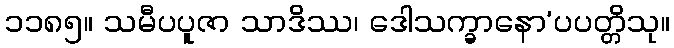
၁၁၈၅။ သမီပပူဇာ သာဒိဿ၊ ဒေါသက္ခာနော’ပပတ္တိသု။